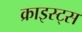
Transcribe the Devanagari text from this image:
क्राइस्ट्स